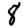
Digit: 8